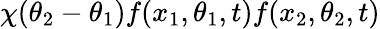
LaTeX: \chi(\theta_{2}-\theta_{1})f(x_{1},\theta_{1},t)f(x_{2},\theta_{2},t)